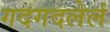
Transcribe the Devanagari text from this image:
गदगदलेलं